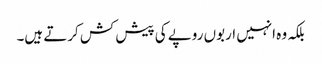
بلکہ وہ انہیں اربوں روپے کی پیش کش کرتے ہیں۔